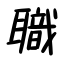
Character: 職